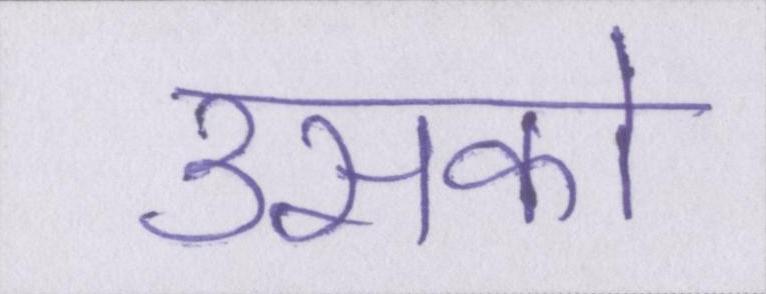
उसको